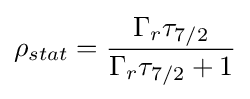
\rho _{stat}={\frac {\Gamma _{r}\tau _{7/2}}{\Gamma _{r}\tau _{7/2}+1}}